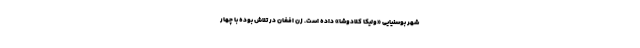
شهر بوسنیایی «ولیکا کلادوشا» داده است. زن افغان در تلاش بوده با چهار